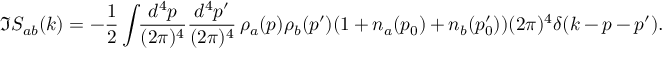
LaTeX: \Im S _ { a b } ( k ) = - \frac 1 2 \int \! \! \frac { d ^ { 4 } p } { ( 2 \pi ) ^ { 4 } } \frac { d ^ { 4 } p ^ { \prime } } { ( 2 \pi ) ^ { 4 } } \, \rho _ { a } ( p ) \rho _ { b } ( p ^ { \prime } ) ( 1 + n _ { a } ( p _ { 0 } ) + n _ { b } ( p _ { 0 } ^ { \prime } ) ) ( 2 \pi ) ^ { 4 } \delta ( k - p - p ^ { \prime } ) .